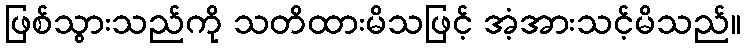
ဖြစ်သွားသည်ကို သတိထားမိသဖြင့် အံ့အားသင့်မိသည်။